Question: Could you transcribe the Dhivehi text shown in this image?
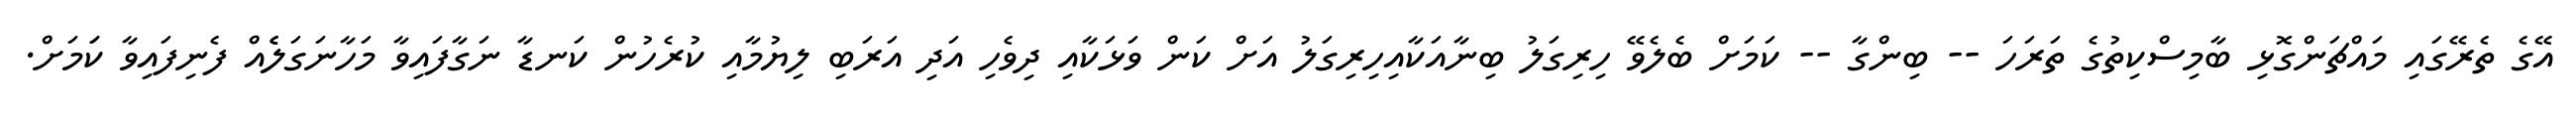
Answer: އޭގެ ތެރޭގައި މައްޗަންގޮޅި ބާމިސްކިތުގެ ތަރަހަ -- ބިންގާ -- ކަމަށް ބެލެވޭ ހިރިގަލު ބިނާއަކާއިހިރިގަލު އަށް ކަން ވަޅަކާއި ދިވެހި އަދި އަރަބި ލިޔުމާއި ކުރެހުން ކަނޑާ ނަގާފައިވާ މަހާނަގަލެެއް ފެނިފައިވާ ކަަމަށް.